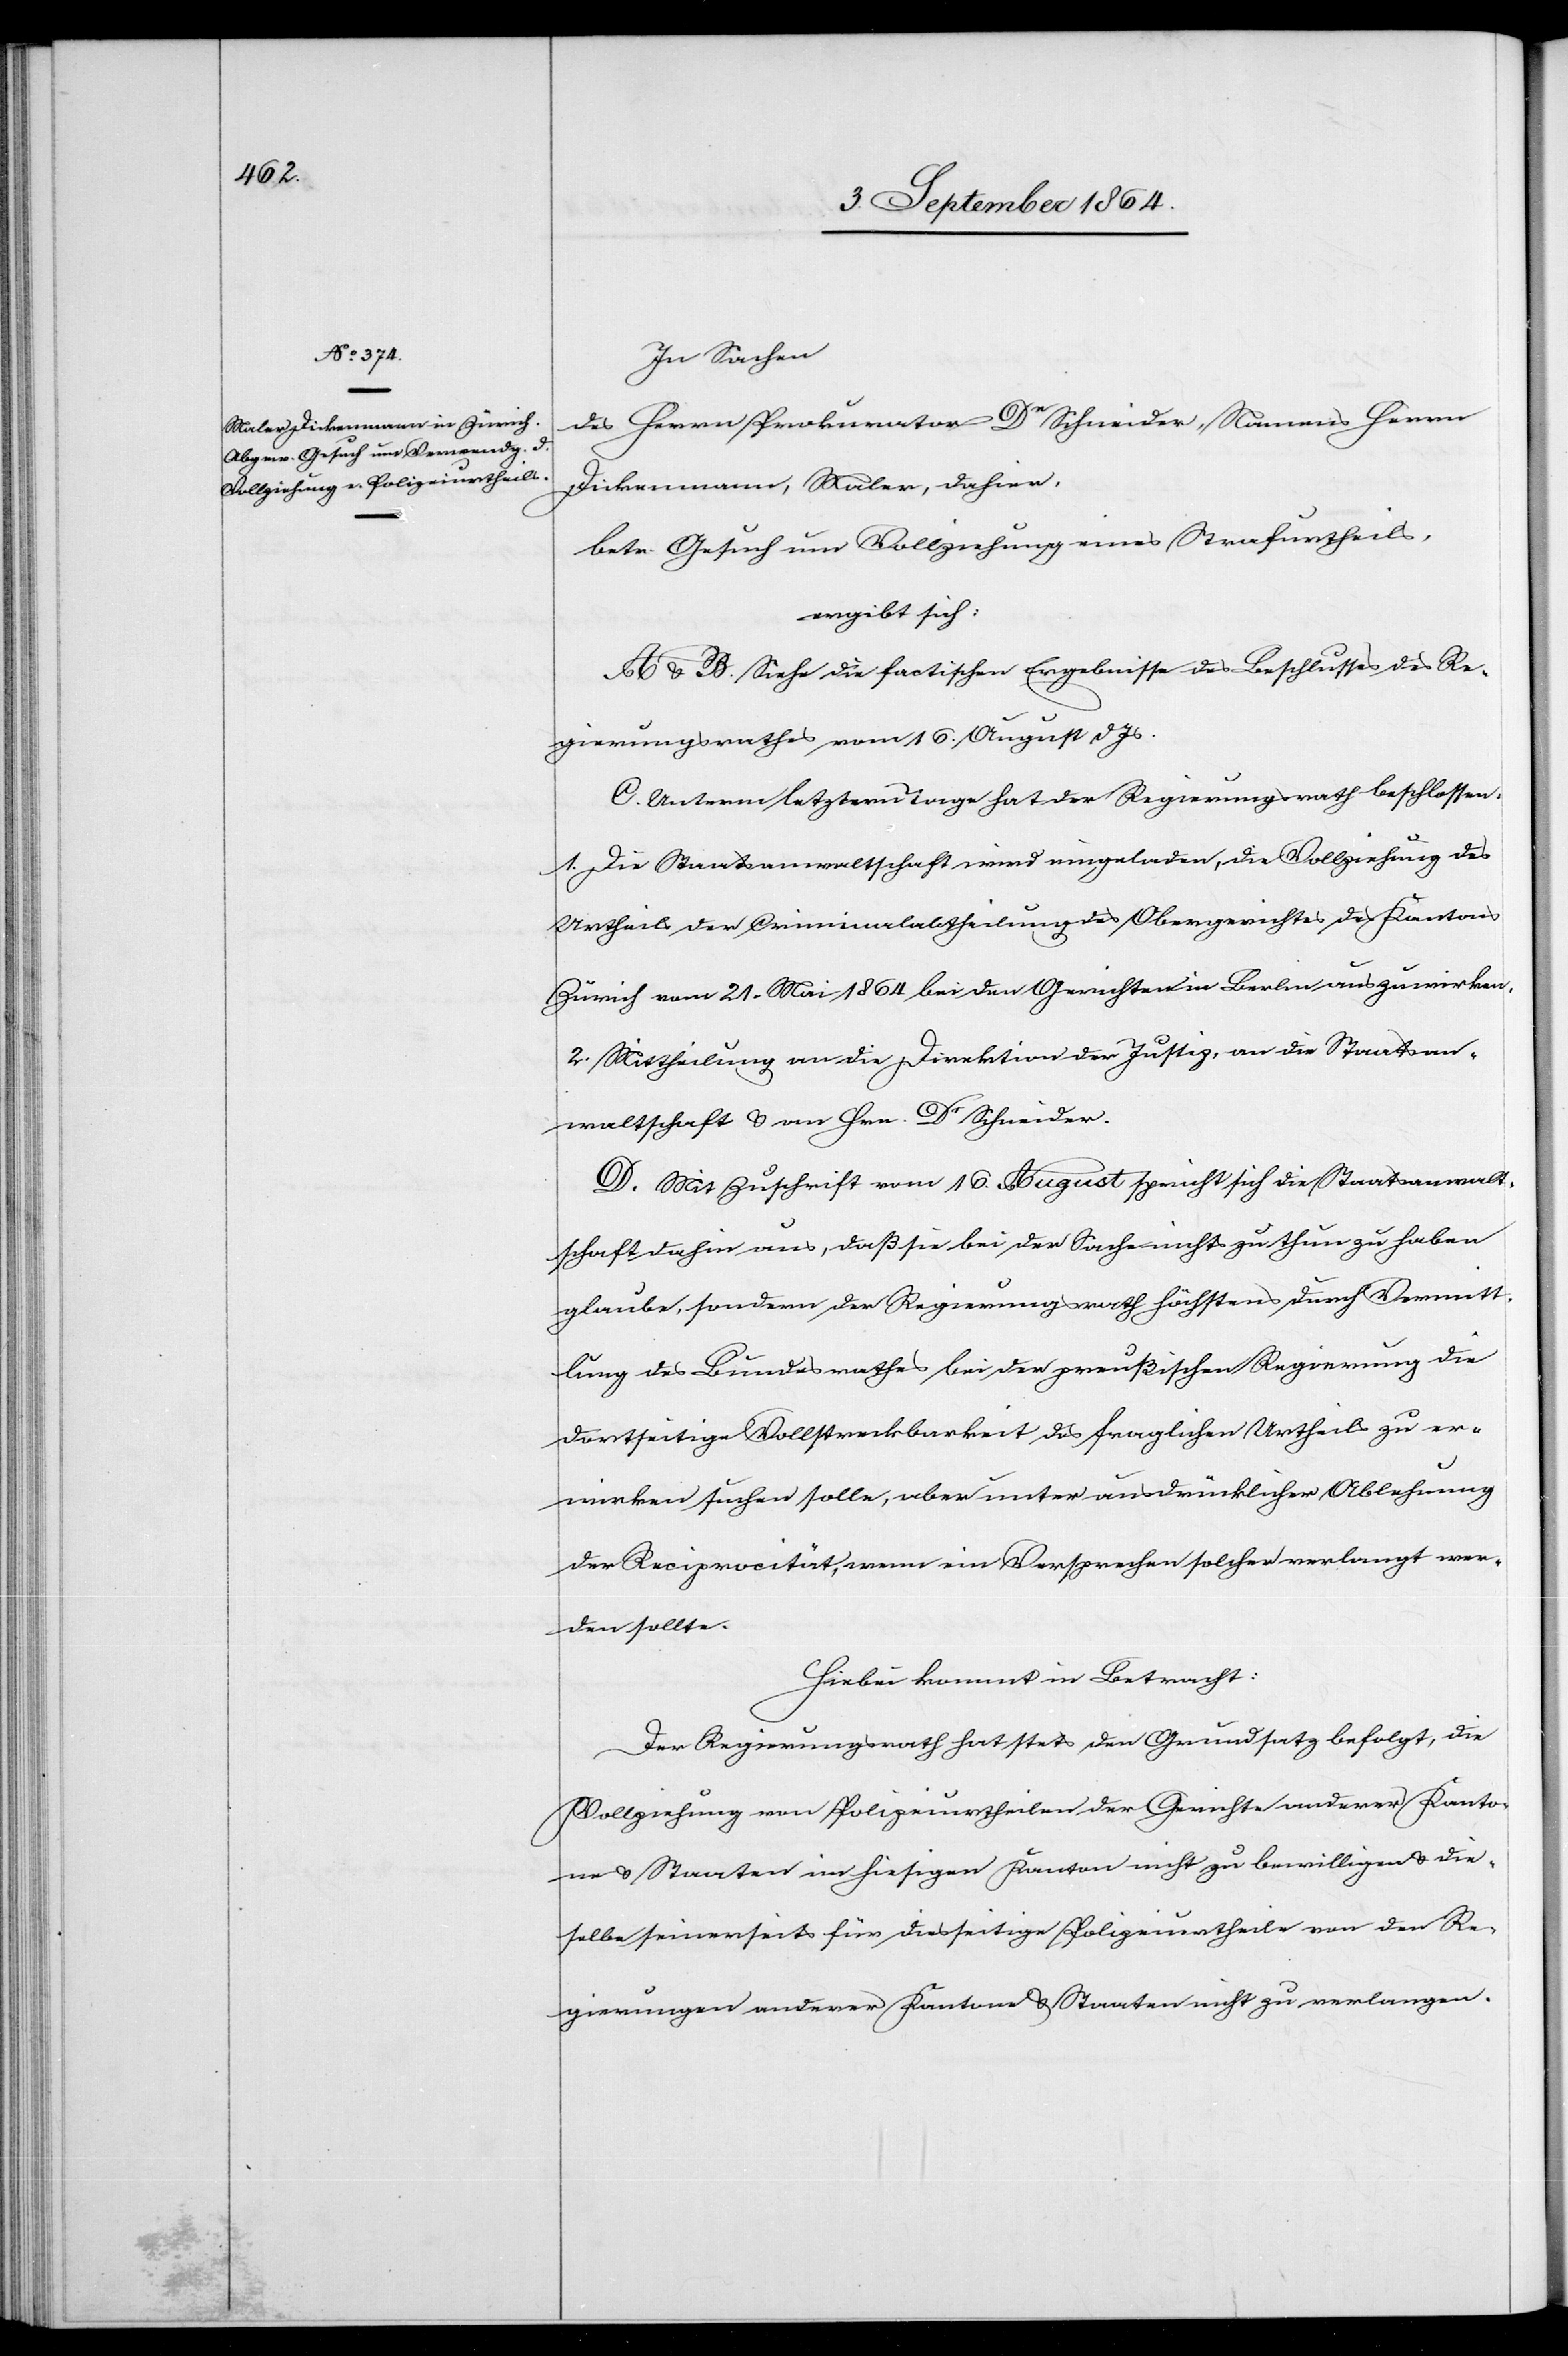
In Sachen
des Herrn Prokurator Dr Schneider, Namens Herrn
Dickenmann, Maler, dahier,
betr. Gesuch um Vollziehung eines Strafurtheils,
ergibt sich:
A. & B. Siehe die factischen Ergebnisse des Beschlusses des Re¬
gierungsrathes vom 16. August d. Js.
C. Unterm letzterm Tage hat der Regierungsrath beschlossen:
1. Die Staatsanwaltschaft wird eingeladen, die Vollziehung des
Urtheils der Criminalabtheilung des Obergerichtes des Kantons
Zürich vom 21. Mai 1864 bei den Gerichten in Berlin auszuwirken.
2. Mittheilung an die Direktion der Justiz, an die Staatsan¬
waltschaft & an Hrn. Dr Schneider.
D. Mit Zuschrift vom 16. August spricht sich die Staatsanwalt¬
schaft dahin aus, daß sie bei der Sache nichts zu thun zu haben
glaube, sondern der Regierungsrath höchstens durch Vermitt¬
lung des Bundesrathes bei der preußischen Regierung die
dortseitige Vollstreckbarkeit des fraglichen Urtheils zu er¬
wirken suchen solle, aber unter ausdrücklicher Ablehnung
der Reciprocität, wenn ein Versprechen solcher verlangt wer¬
den sollte.
Hiebei kommt in Betracht:
Der Regierungsrath hat stets den Grundsatz befolgt, die
Vollziehung von Polizeiurtheilen der Gerichte anderer Kanto¬
ne & Staaten im hiesigen Kanton nicht zu bewilligen & die¬
selbe seinerseits für diesseitige Polizeiurtheile von den Re¬
gierungen anderer Kantone & Staaten nicht zu verlangen.